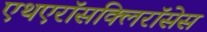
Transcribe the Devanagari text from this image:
एथएरॉसक्लिरॉसेस